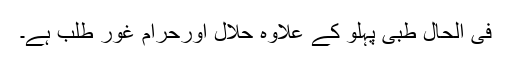
فی الحال طبی پہلو کے علاوہ حلال اورحرام غور طلب ہے۔